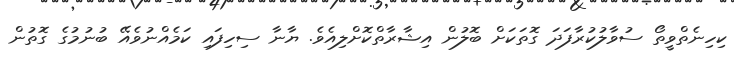
ކިހިނެތްވީތޯ ސުވާލުކުރާފަދަ ގޮތަކަށް ބޮލުން އިޝާރާތްކޮށްލިއެވެ. ޔާނާ ސިހިފައި ކަމެއްނުވެއޭ ބުނުމުގެ ގޮތުން